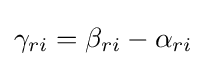
\gamma _{ri}=\beta _{ri}-\alpha _{ri}